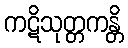
ကဋိသုတ္တကန္တိ